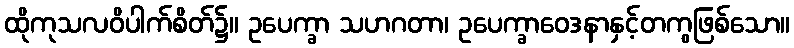
ထိုကုသလဝိပါက်စိတ်၌။ ဥပေက္ခာ သဟဂတာ၊ ဥပေက္ခာဝေဒနာနှင့်တကွဖြစ်သော။